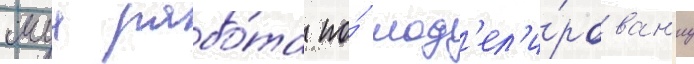
моа рабо́та по́ мод'ел'и́рован'иу